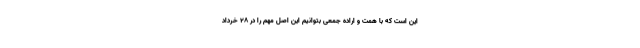
این است که با همت و اراده جمعی بتوانیم این اصل مهم را در ۲۸ خرداد